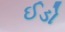
ઈડો